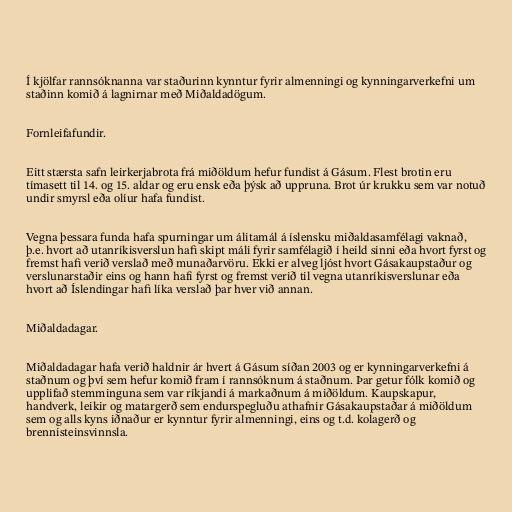
Í kjölfar rannsóknanna var staðurinn kynntur fyrir almenningi og kynningarverkefni um
staðinn komið á lagnirnar með Miðaldadögum.

Fornleifafundir.

Eitt stærsta safn leirkerjabrota frá miðöldum hefur fundist á Gásum. Flest brotin eru
tímasett til 14. og 15. aldar og eru ensk eða þýsk að uppruna. Brot úr krukku sem var notuð
undir smyrsl eða olíur hafa fundist.

Vegna þessara funda hafa spurningar um álitamál á íslensku miðaldasamfélagi vaknað,
þ.e. hvort að utanríkisverslun hafi skipt máli fyrir samfélagið í heild sinni eða hvort fyrst og
fremst hafi verið verslað með munaðarvöru. Ekki er alveg ljóst hvort Gásakaupstaður og
verslunarstaðir eins og hann hafi fyrst og fremst verið til vegna utanríkisverslunar eða
hvort að Íslendingar hafi líka verslað þar hver við annan.

Miðaldadagar.

Miðaldadagar hafa verið haldnir ár hvert á Gásum síðan 2003 og er kynningarverkefni á
staðnum og því sem hefur komið fram í rannsóknum á staðnum. Þar getur fólk komið og
upplifað stemminguna sem var ríkjandi á markaðnum á miðöldum. Kaupskapur,
handverk, leikir og matargerð sem endurspegluðu athafnir Gásakaupstaðar á miðöldum
sem og alls kyns iðnaður er kynntur fyrir almenningi, eins og t.d. kolagerð og
brennisteinsvinnsla.